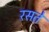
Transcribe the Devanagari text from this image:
रसते